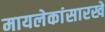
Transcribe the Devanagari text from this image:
मायलेकांसारखे